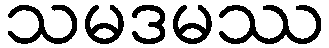
သမဒမဿ